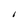
Character: I